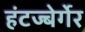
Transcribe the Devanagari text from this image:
हंटज्बेर्गेर